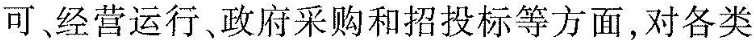
可经营运行、政府采购和招投标等方面，对各类